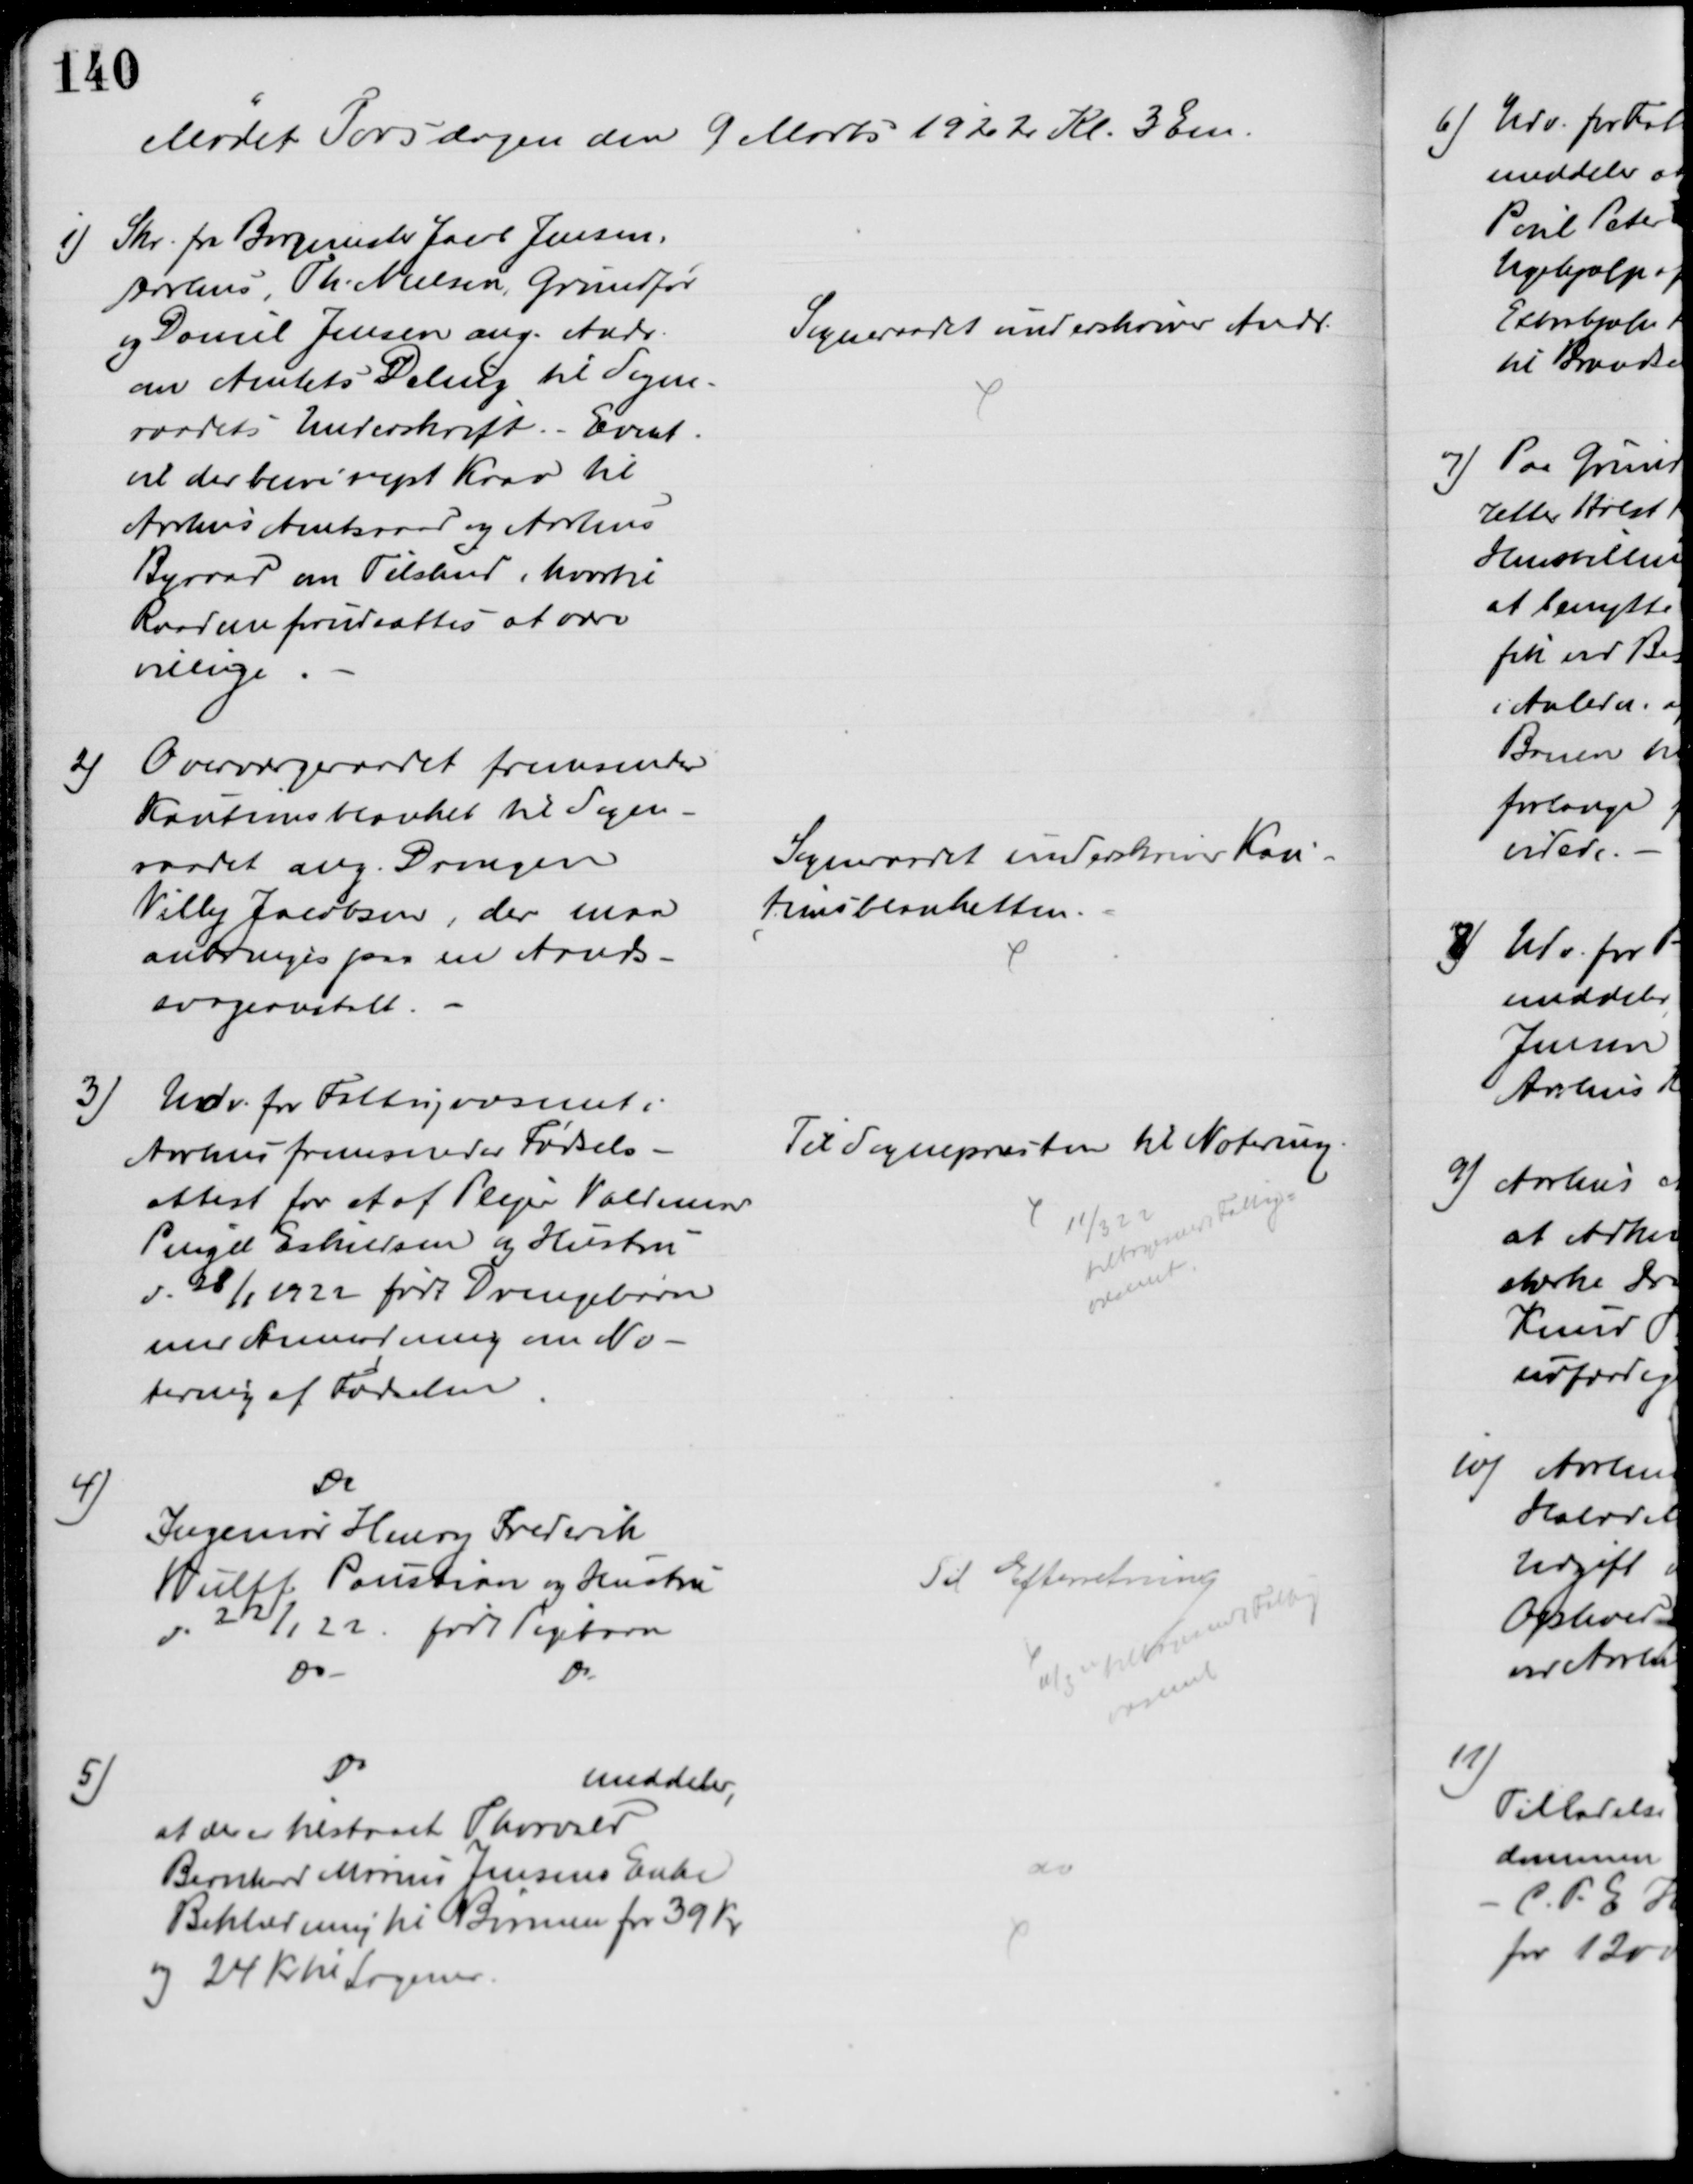
Transskription:
Mødet Torsdagen den 9 Marts 1922 Kl. 3 Em.
1) Skr. fra Borgmester Jacob Jensen,
Aarhus, Th. Nielsen, Grundfør
og Daniel Jensen ang. Andr. 
om Amtets Deling til Sogne-
raadets Underskrift. - Event.
vil der blive rejst Krav til 
Aarhus Amtsraad og Aarhus
Byraad om Tilskud, hvortil
Raadene forudsættes at være
villige
Sogneraadet underskriver Andr.
2)
Overværgeraadet fremsender
Kautionsblanket til Sogne-
raadet ang. Drengen
Villy Jacobsen, der maa
anbringes paa en Aands-
svageanstalt.
Sogneraadet underskriver Kau-
tionsblanketten.
3)
Udv. for Fattigvæsenet i
Aarhus fremsender Fødsels-
attest for et af Plejer Valdemar
Pingel Eskildsen og Hustru
d. 28/1 1922 født Drengebarn
med Anmodning om No-
tering af Fødselen
Til Sognepræsten til Notering
11/3 22
tilbagesendt Fattig=
væsenet
4)
Do
Ingeniør Henry Frederik
Wulff Paustian og Hustru
d. 22/1 22. født Pigebarn
Do
Do
Til Efterretning
11/3 tilbagesendt Fattig
væsenet
5)
Do
meddeler,
at der er tilstaaet Thorvald
Bernhard Marius Jensens Enke
Beklædning til Børnene for 39 Kr
og 24 Kr til Lagener.
do